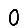
Digit: 0